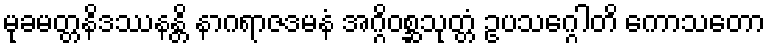
မုခမတ္တနိဒဿနန္တိ နာဂရာဇဒမနံ အဂ္ဂိဝစ္ဆသုတ္တံ ဥပသဂ္ဂေါတိ ကောသတော